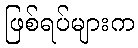
ဖြစ်ရပ်များက